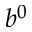
b ^ { 0 }